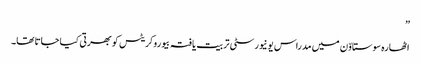
”
اٹھارہ سوستاوّن میں مدراس یونیورسٹی تربیت یافتہ بیوروکریٹس کو بھرتی کیا جاتا تھا۔